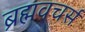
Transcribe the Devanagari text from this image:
ब्रह्मवचर्स